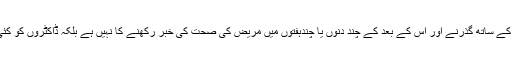
ڈاکٹر جونز کہتے ہیں کہ یہ معاملہ آپریشن کے مرحلے سے خیریت کے ساتھ گذرنے اور اس کے بعد کے چند دنوں یا چندہفتوں میں مریض کی صحت کی خبر رکھنے کا نہیں ہے بلکہ ڈاکٹروں کو کئی عشروں تک اپنے مریضوں کی صحت کے بارے میں جاننا چاہیے۔